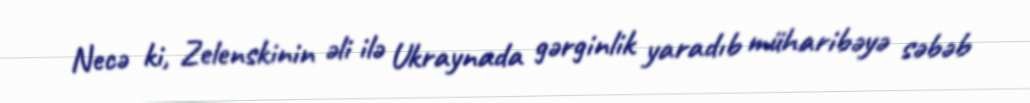
Necə ki, Zelenskinin əli ilə Ukraynada gərginlik yaradıb müharibəyə səbəb